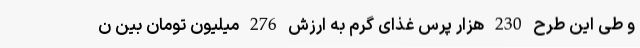
و طی این طرح 230 هزار پرس غذای گرم به ارزش 276 میلیون تومان بین ن